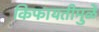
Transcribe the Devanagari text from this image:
किफायतीमुळें